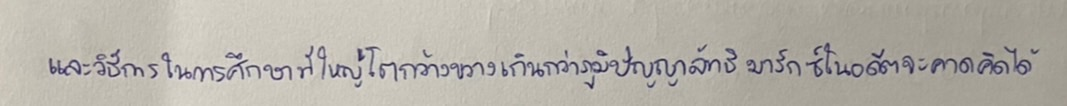
และวิธีการในการศึกษาที่ใหญ่โตกว้างขวางเกินกว่าภูมิปัญญาลัทธิมาร์กซ์ในอดีตจะคาดคิดได้